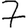
Digit: 7